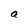
Character: a